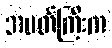
အမတ်ကြီးက